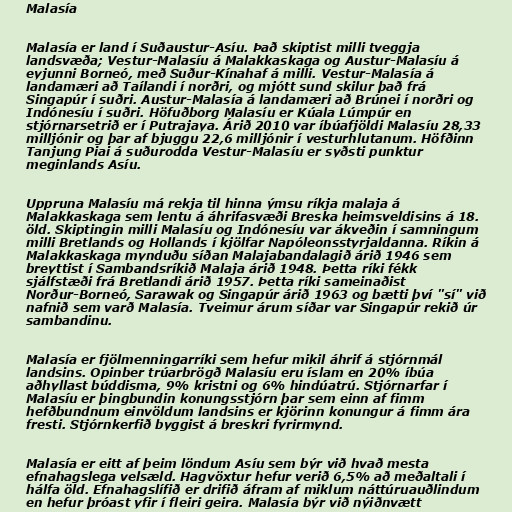
Malasía

Malasía er land í Suðaustur-Asíu. Það skiptist milli tveggja
landsvæða; Vestur-Malasíu á Malakkaskaga og Austur-Malasíu á
eyjunni Borneó, með Suður-Kínahaf á milli. Vestur-Malasía á
landamæri að Taílandi í norðri, og mjótt sund skilur það frá
Singapúr í suðri. Austur-Malasía á landamæri að Brúnei í norðri og
Indónesíu í suðri. Höfuðborg Malasíu er Kúala Lúmpúr en
stjórnarsetrið er í Putrajaya. Árið 2010 var íbúafjöldi Malasíu 28,33
milljónir og þar af bjuggu 22,6 milljónir í vesturhlutanum. Höfðinn
Tanjung Piai á suðurodda Vestur-Malasíu er syðsti punktur
meginlands Asíu.

Uppruna Malasíu má rekja til hinna ýmsu ríkja malaja á
Malakkaskaga sem lentu á áhrifasvæði Breska heimsveldisins á 18.
öld. Skiptingin milli Malasíu og Indónesíu var ákveðin í samningum
milli Bretlands og Hollands í kjölfar Napóleonsstyrjaldanna. Ríkin á
Malakkaskaga mynduðu síðan Malajabandalagið árið 1946 sem
breyttist í Sambandsríkið Malaja árið 1948. Þetta ríki fékk
sjálfstæði frá Bretlandi árið 1957. Þetta ríki sameinaðist
Norður-Borneó, Sarawak og Singapúr árið 1963 og bætti því "sí" við
nafnið sem varð Malasía. Tveimur árum síðar var Singapúr rekið úr
sambandinu.

Malasía er fjölmenningarríki sem hefur mikil áhrif á stjórnmál
landsins. Opinber trúarbrögð Malasíu eru íslam en 20% íbúa
aðhyllast búddisma, 9% kristni og 6% hindúatrú. Stjórnarfar í
Malasíu er þingbundin konungsstjórn þar sem einn af fimm
hefðbundnum einvöldum landsins er kjörinn konungur á fimm ára
fresti. Stjórnkerfið byggist á breskri fyrirmynd.

Malasía er eitt af þeim löndum Asíu sem býr við hvað mesta
efnahagslega velsæld. Hagvöxtur hefur verið 6,5% að meðaltali í
hálfa öld. Efnahagslífið er drifið áfram af miklum náttúruauðlindum
en hefur þróast yfir í fleiri geira. Malasía býr við nýiðnvætt